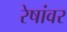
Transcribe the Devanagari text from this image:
रेषांवर